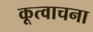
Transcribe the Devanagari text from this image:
कूत्वाचना